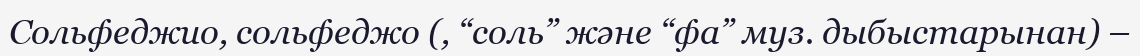
Сольфеджио, сольфеджо (, “соль” және “фа” муз. дыбыстарынан) –